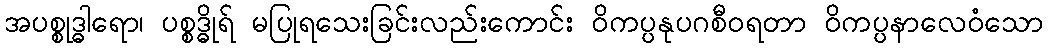
အပစ္စုဒ္ဓါရော၊ ပစ္စဒ္ဓိုရ် မပြုရသေးခြင်းလည်းကောင်း ဝိကပ္ပနုပဂစီဝရတာ ဝိကပ္ပနာလေဝံသော